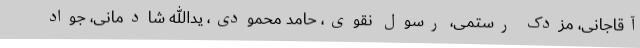
آقاجانی، مزدک رستمی، رسول نقوی، حامد محمودی، یدالله شادمانی، جواد